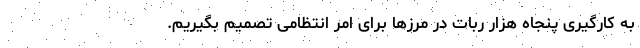
به کارگیری پنجاه هزار ربات در مرزها برای امر انتظامی تصمیم بگیریم.